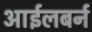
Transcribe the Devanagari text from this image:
आईलबर्न